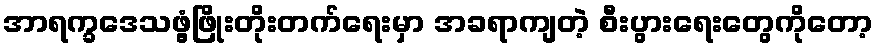
အာရက္ခဒေသဖွံ့ဖြိုးတိုးတက်ရေးမှာ အခရာကျတဲ့ စီးပွားရေးတွေကိုတော့